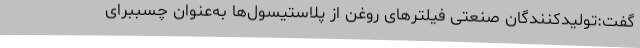
گفت:تولیدکنندگان صنعتی فیلترهای روغن از پلاستیسول‌ها به‌عنوان چسببرای